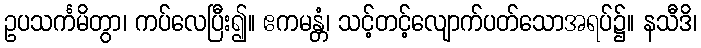
ဥပသင်္ကမိတွာ၊ ကပ်လေပြီး၍။ ဧကမန္တံ၊ သင့်တင့်လျောက်ပတ်သောအရပ်၌။ နသီဒိ၊